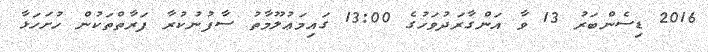
2016 ޑިސެންބަރު 13 ވާ އަންގާރަދުވަހުގެ 13:00 ގައިމަޢުލޫމާތު ސާފުނުކުރާ ފަރާތްތަކުން ހުށަހަޅާ